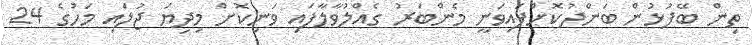
ތިން ބޭފުޅުން ބަންދުކޮށްފައިވަނީ މެންބަރު ގެއްލުވާލާފައި ވަނިކޮށް މިިދިޔަ ޖުލައި މަހުގެ 24